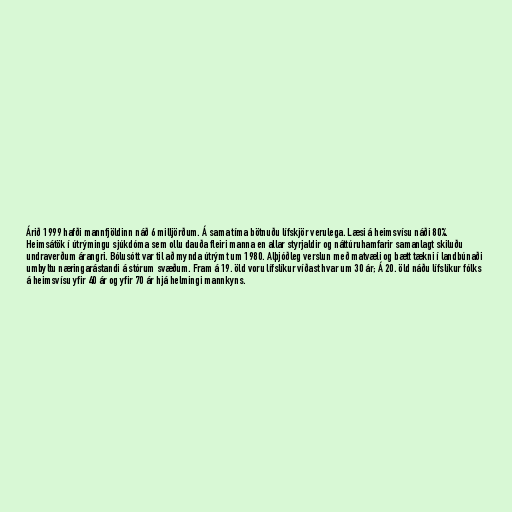
Árið 1999 hafði mannfjöldinn náð 6 milljörðum. Á sama tíma bötnuðu lífskjör verulega. Læsi á heimsvísu náði 80%.
Heimsátök í útrýmingu sjúkdóma sem ollu dauða fleiri manna en allar styrjaldir og náttúruhamfarir samanlagt skiluðu
undraverðum árangri. Bólusótt var til að mynda útrýmt um 1980. Alþjóðleg verslun með matvæli og bætt tækni í landbúnaði
umbyltu næringarástandi á stórum svæðum. Fram á 19. öld voru lífslíkur víðast hvar um 30 ár; Á 20. öld náðu lífslíkur fólks
á heimsvísu yfir 40 ár og yfir 70 ár hjá helmingi mannkyns.